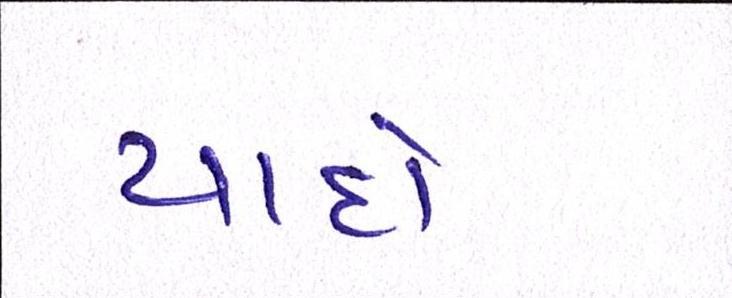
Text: યાદો